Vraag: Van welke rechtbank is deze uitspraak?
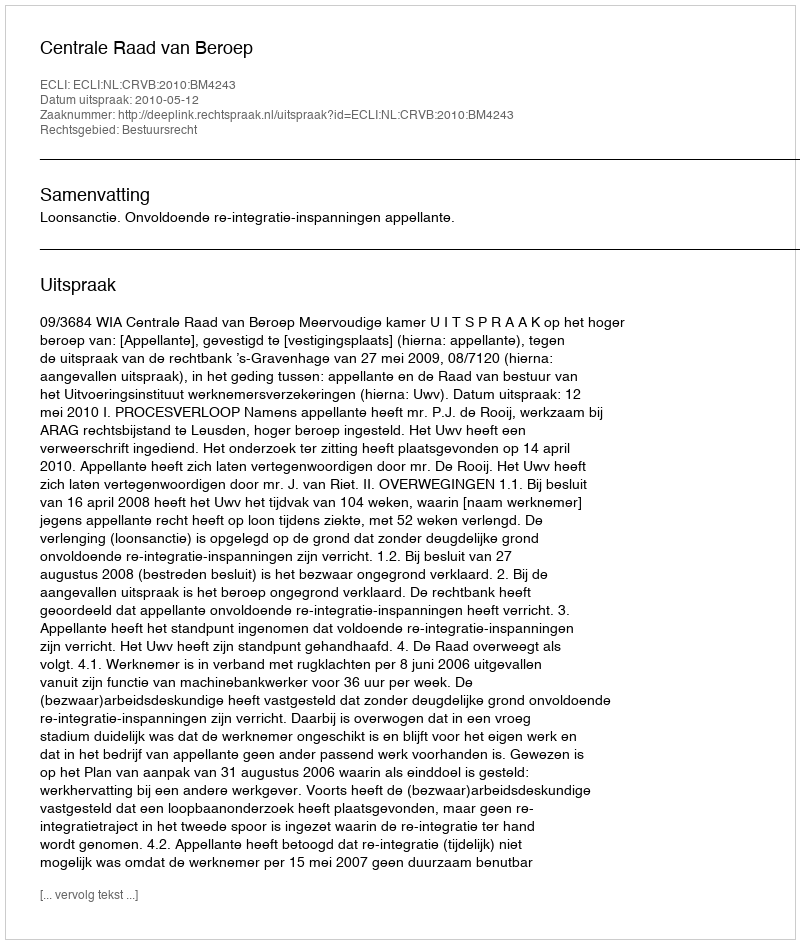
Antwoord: Centrale Raad van Beroep